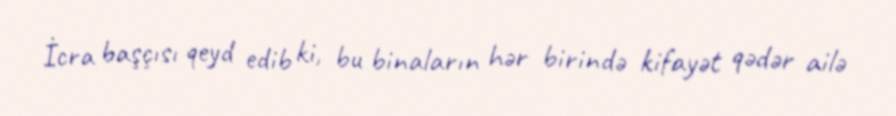
İcra başçısı qeyd edib ki, bu binaların hər birində kifayət qədər ailə